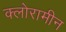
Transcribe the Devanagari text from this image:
क्लोरामीन